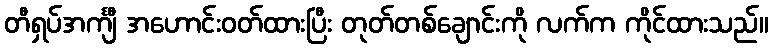
တီရှပ်အင်္ကျီ အဟောင်းဝတ်ထားပြီး တုတ်တစ်ချောင်းကို လက်က ကိုင်ထားသည်။